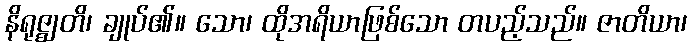
နိရုဇ္ဈတိ၊ ချုပ်၏။ သော၊ ထိုအရိယာဖြစ်သော တပည့်သည်။ ဇာတိယာ၊